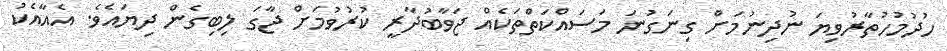
ހުދުމުހުތާރުވިޔަ ނުދިނުމަށް ގިނަގުނަ މަސައްކަތްތަކެއް ޖަވާބުދާރީ ކުރުވުމަށް ޖާގަ ލިބިގެން ދިޔައެވެ. އެއާއެކު